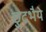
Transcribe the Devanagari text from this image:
छुटभैये